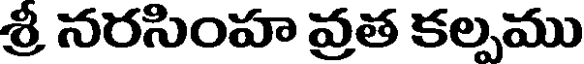
శ్రీ నరసింహ వ్రత కల్పము